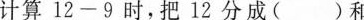
(1)计算12-9时，把12分成( )和